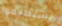
يستطيعوا